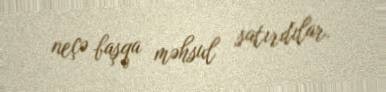
neçə başqa məhsul satırdılar.